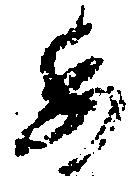
委